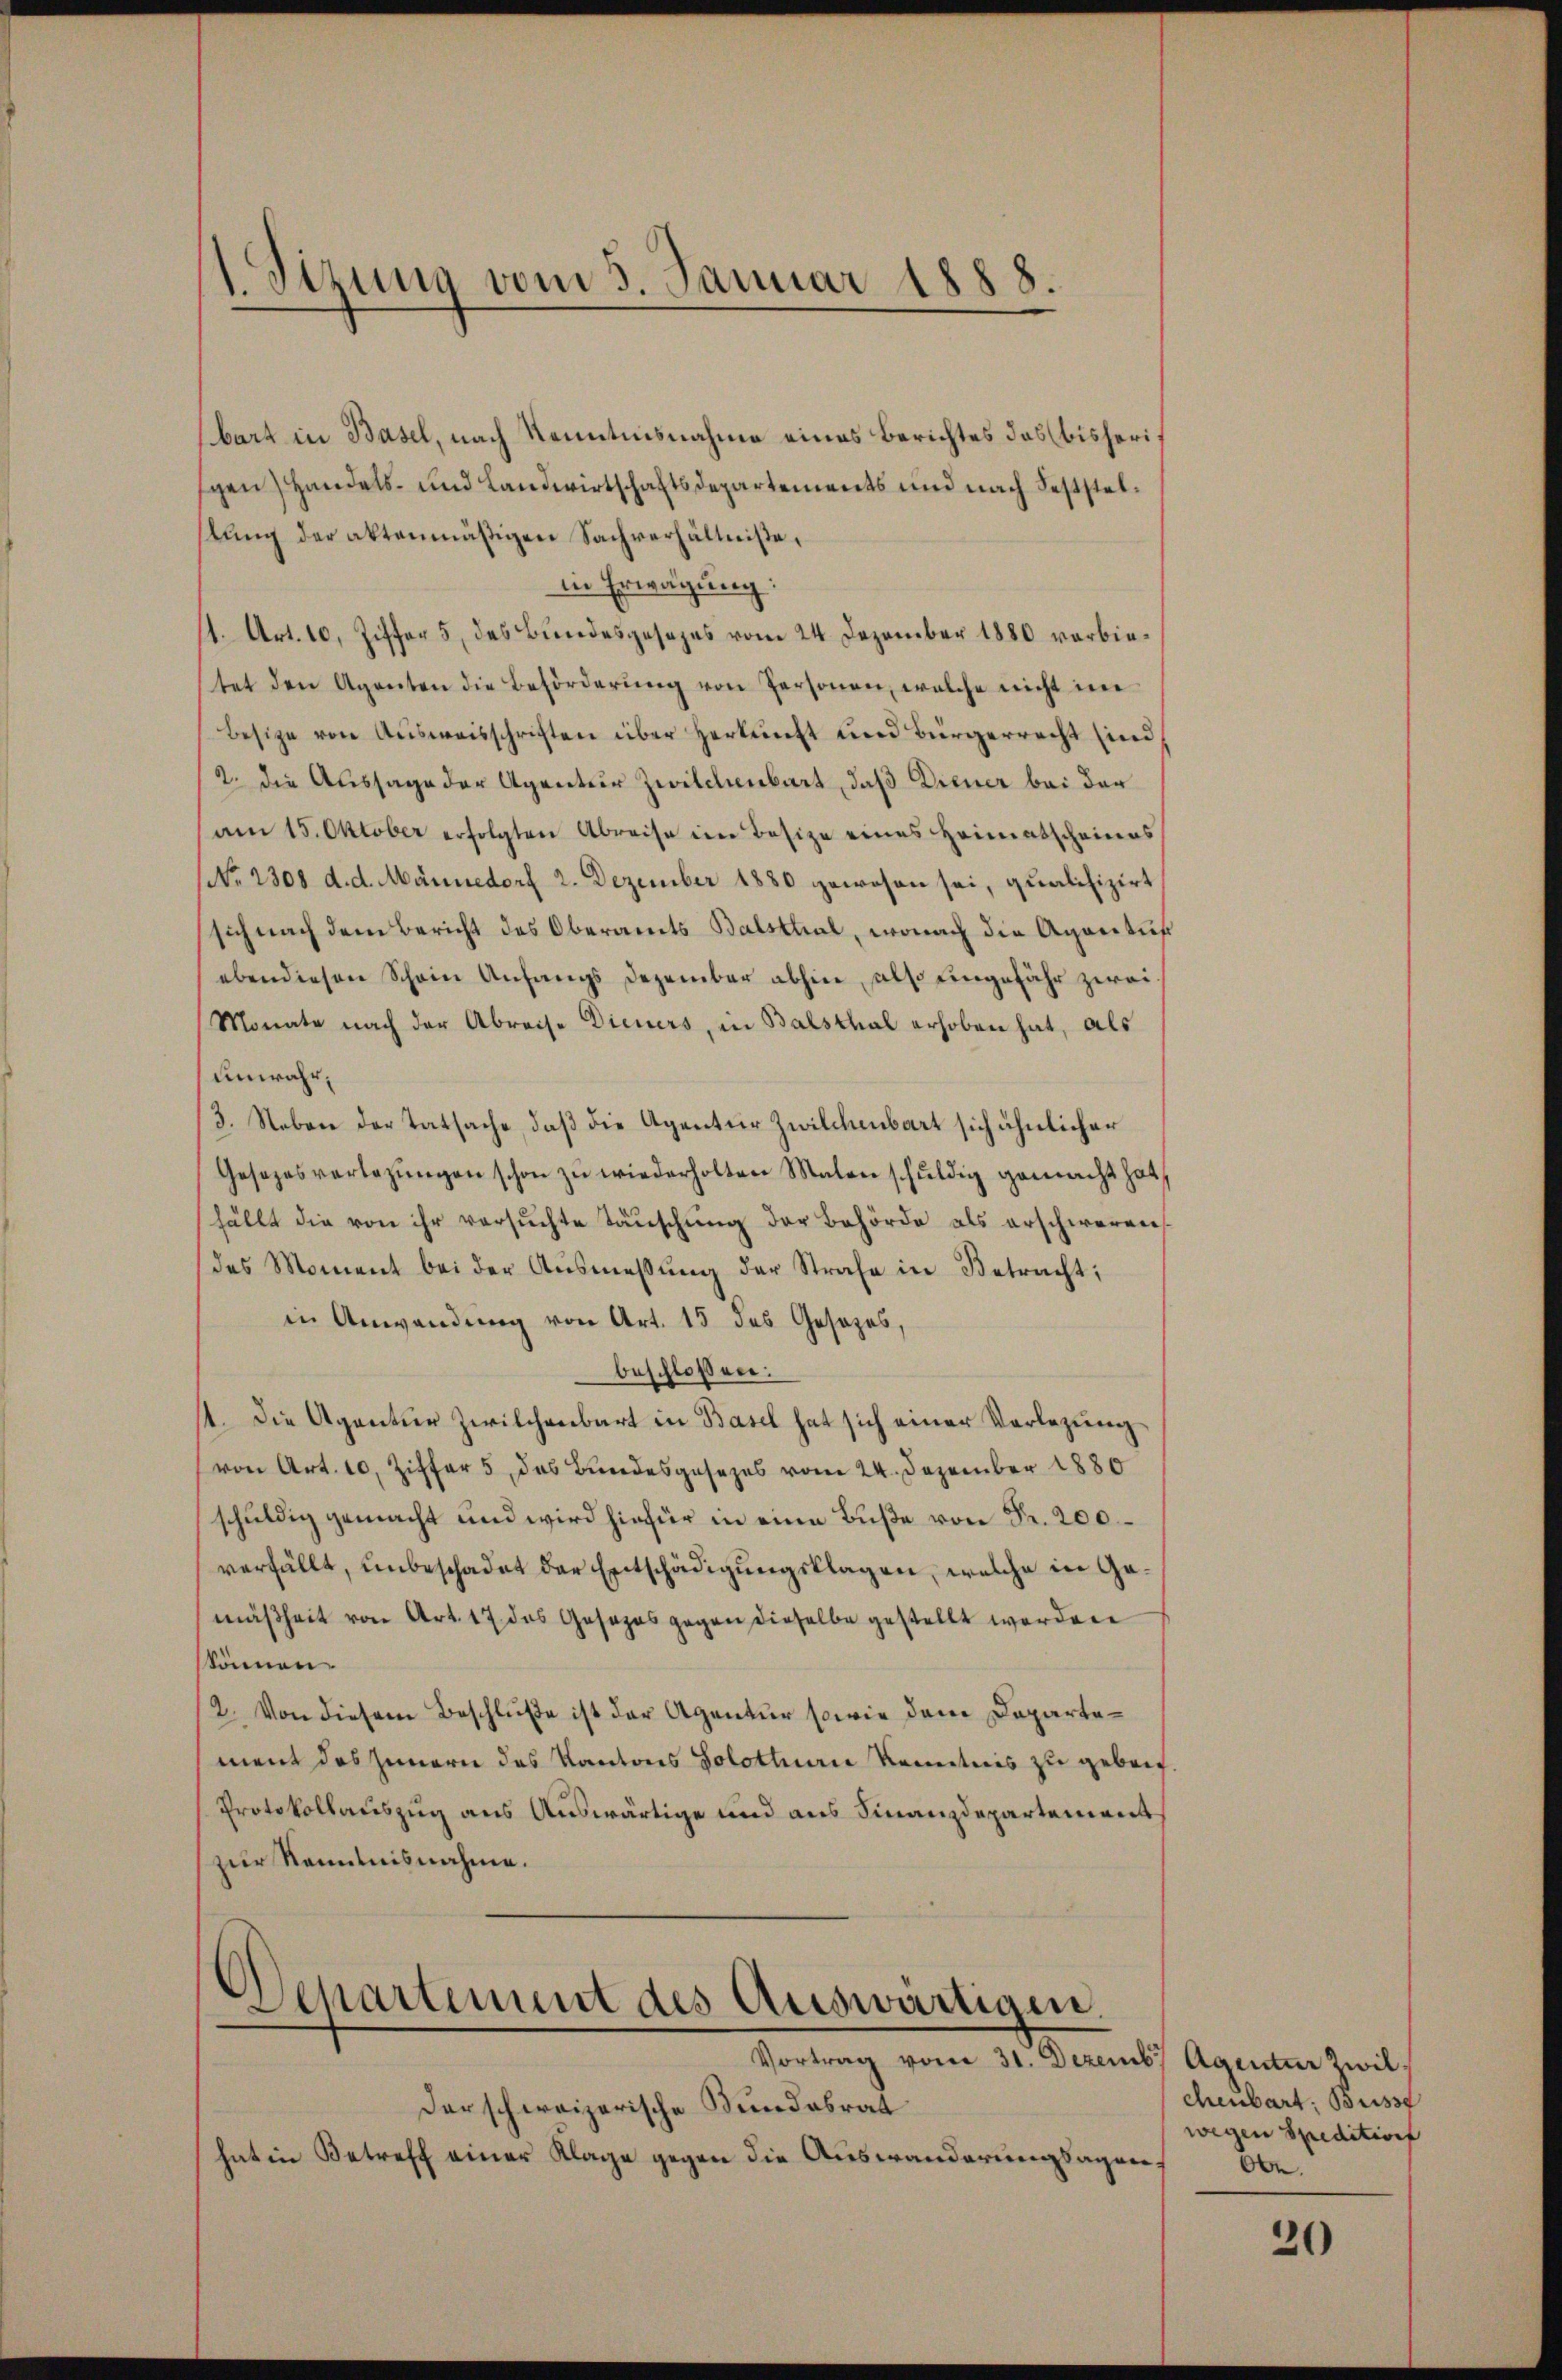
1. Sizung vom 5. Januar 1888

bart in Basel, nach Kenntnisnahme eines Berichtes das (bisherigen) Handels- und Landwirtschaftsdepartements und nach Feststeltung der aktenmäßigen Sachverhältniße,
in Erwägung:
/1. Art. 10, Ziffer 5 des Bundesgesezes vom 24. Dezember 1880 verbietet den Agenten die Beförderŭng von Personen, welche nicht in
besitze von Aŭsweisschriften über Herkunft und Bürgerrecht sind,
2. die Aussage der Agentier Zwilchenbart, daß Diener bei der
am 15. Oktober erfolgten Abreise im Besize eines Heimatscheines
No. 2308. d. d. Männedorf 2. Dezember 1880 gewesen sei, qualifizirt
sich nach dem Bericht des Oberamts Balsthal, wonach die Agentus
ebendiesen Schein Anfangs Dezember abhin, also eingefähr zwei
Monate nach der Abreise Dieners, in Balsthal erhoben hat, als
unwahr,
3. Neben der Tatsache, daß die Agentur Zwilchenbart sich ähnlicher
Gesezesverlegŭngen schon zŭ wiederholten Malen schŭldig gemacht hat,
hällt die von ihr versuchte Täuschung der Behörde als erschwerden.
des Moment bei der Ausmessung der Strafe in Betracht;
in Anwendung von Art. 15 des Gesezes,
beschloßen:
11. Die Agentier Zwilchenbart in Basel hat sich einer Verlegung
von Art. 10, Ziffer 5, das Bundesgesezes vom 24. Dezember 1880
schuldig gemacht und wird hiefür in eine Buße von Fr. 200.
verfällt, unbeschadet der Entschädigungsklagen, welche in Gemäßheit von Art. 17 das Gesezes gegen dieselbe gestellt werden
skönnen.
2. Von diesem Beschluße ist der Agentur sowie dem Departement des Innern des Kantons Solothur Kenntnis zu gebenf.
Protokollauszug aus Auswärtige und aus Finanzdepartement
zur Kenntnisnahme.

Departement des Auswärtigen.
Vortrag vom 31. Dezemb. Agentur Zwil¬

Der schweizerische Bundesrat
hat in Betreff einer Klage gegen die Auswanderungsagen¬

chenbart Busse
wegen Speditions
Obe.

20